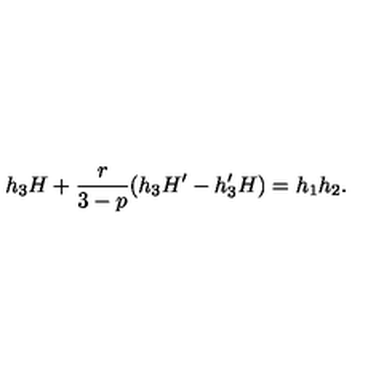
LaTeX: h _ { 3 } H + \frac { r } { 3 - p } ( h _ { 3 } H ^ { \prime } - h _ { 3 } ^ { \prime } H ) = h _ { 1 } h _ { 2 } .